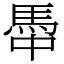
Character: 馽